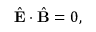
\begin{array} { r } { \hat { \bf E } \cdot \hat { \bf B } = 0 , } \end{array}